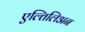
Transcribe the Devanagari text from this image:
एल्तिलिअन